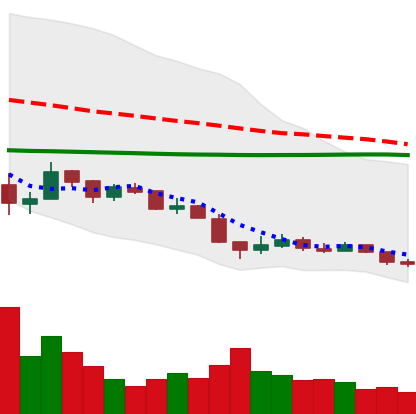
Ticker: XRP-USD
Chart end date: 2018-12-15
Forward return: 32.292%
Label: up_7plus